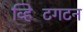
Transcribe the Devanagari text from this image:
व्हिटिंगटन